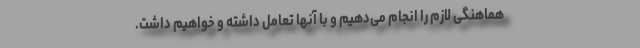
هماهنگی لازم را انجام می‌دهیم و با آنها تعامل داشته و خواهیم داشت.